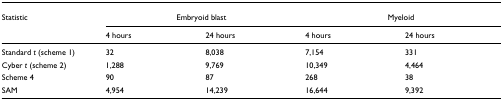
| Statistic | <COLSPAN=2> Embryoid blast | <COLSPAN=2> Myeloid |
 |  | 4 hours | 24 hours | 4 hours | 24 hours |
 | --- | --- | --- | --- | --- |
 | Standard t (scheme 1) | 32 | 8,038 | 7,154 | 331 |
 | Cyber t (scheme 2) | 1,288 | 9,769 | 10,349 | 4,464 |
 | Scheme 4 | 90 | 87 | 268 | 38 |
 | SAM | 4,954 | 14,239 | 16,644 | 9,392 |